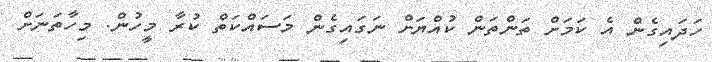
ހަދައިގެން އެ ކަމަށް ތަންތަން ކުއްޔަށް ނަގައިގެން މަަސައްކަތް ކުރާ މީހުން. މިހާތަނަށް